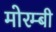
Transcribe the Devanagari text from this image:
मोरम्बी